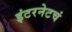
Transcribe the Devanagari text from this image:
इंटरनेटचं